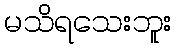
မသိရသေးဘူး